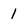
Character: 1